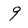
Character: 9